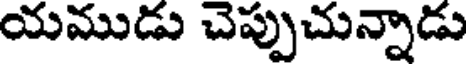
యముడు చెప్పుచున్నాడు